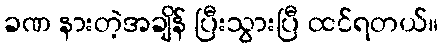
ခဏ နားတဲ့အချိန် ပြီးသွားပြီ ထင်ရတယ်။